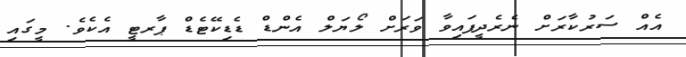
އެއް ސަރުކާރަށް ނެރެދީފައިވާ ވަރަށް ލޯޔަލް އެންޑް ޑެޑިކޭޓެޑް ޕާރޓީ އެކެވެ. މީގައި